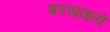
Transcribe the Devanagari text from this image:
बरसाइये